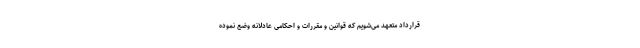
قرارداد متعهد می‌شویم که قوانین و مقررات و احکامی عادلانه وضع نموده